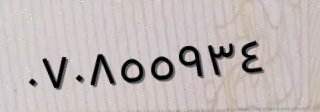
٠٧٠٨٥٥٩٣٤